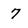
Character: 7